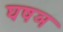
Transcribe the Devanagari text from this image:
घषञ